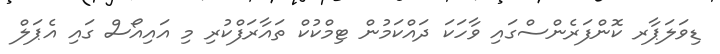
ޑިވަލަޕާރ ކޮންފަރެންސްގައި ވާހަކަ ދައްކަމުން ޓިމްކުކް ތައާރަފްކުރި މި އައިއޯސް ގައި އެޕަލް